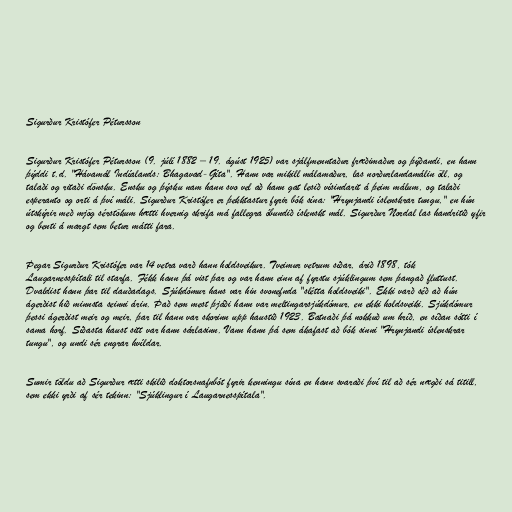
Sigurður Kristófer Pétursson

Sigurður Kristófer Pétursson (9. júlí 1882 – 19. ágúst 1925) var sjálfmenntaður fræðimaður og þýðandi, en hann
þýddi t.d. "Hávamál Indíalands: Bhagavad-Gíta". Hann var mikill málamaður, las norðurlandamálin öll, og
talaði og ritaði dönsku. Ensku og þýsku nam hann svo vel að hann gat lesið vísindarit á þeim málum, og talaði
esperanto og orti á því máli. Sigurður Kristófer er þekktastur fyrir bók sína: "Hrynjandi íslenskrar tungu," en hún
útskýrir með mjög sérstökum hætti hvernig skrifa má fallegra óbundið íslenskt mál. Sigurður Nordal las handritið yfir
og benti á margt sem betur mátti fara.

Þegar Sigurður Kristófer var 14 vetra varð hann holdsveikur. Tveimur vetrum síðar, árið 1898, tók
Laugarnesspítali til starfa. Fékk hann þá vist þar og var hann einn af fyrstu sjúklingum sem þangað fluttust.
Dvaldist hann þar til dauðadags. Sjúkdómur hans var hin svonefnda "slétta holdsveiki". Ekki varð séð að hún
ágerðist hið minnsta seinni árin. Það sem mest þjáði hann var meltingarsjúkdómur, en ekki holdsveiki. Sjúkdómur
þessi ágerðist meir og meir, þar til hann var skorinn upp haustið 1923. Batnaði þá nokkuð um hríð, en síðan sótti í
sama horf. Síðasta haust sitt var hann sárlasinn. Vann hann þá sem ákafast að bók sinni "Hrynjandi íslenskrar
tungu", og undi sér engrar hvíldar.

Sumir töldu að Sigurður ætti skilið doktorsnafnbót fyrir kenningu sína en hann svaraði því til að sér nægði sá titill,
sem ekki yrði af sér tekinn: "Sjúklingur í Laugarnesspítala".